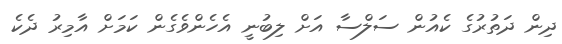
ދިން ދަތުރުގެ ކެއުން ސަލްސާ އަށް ލިބުނީ އެހެންވެގެން ކަމަށް އާމިރު ދެކެ